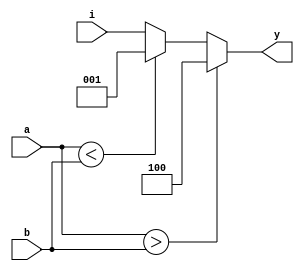
module ic74hc85(
    input [3:0] a,b,
    input [2:0] i,
    output [2:0] y
);
    reg [2:0] m;
    always @(a,b,i) begin
        if(a>b)         m=3'b100;
        else if(a<b)    m=3'b001;
        else            m=i;
    end
    assign y=m;
endmodule
//4
//a>b y=0b100
//a<b y=0b001
//a=b y